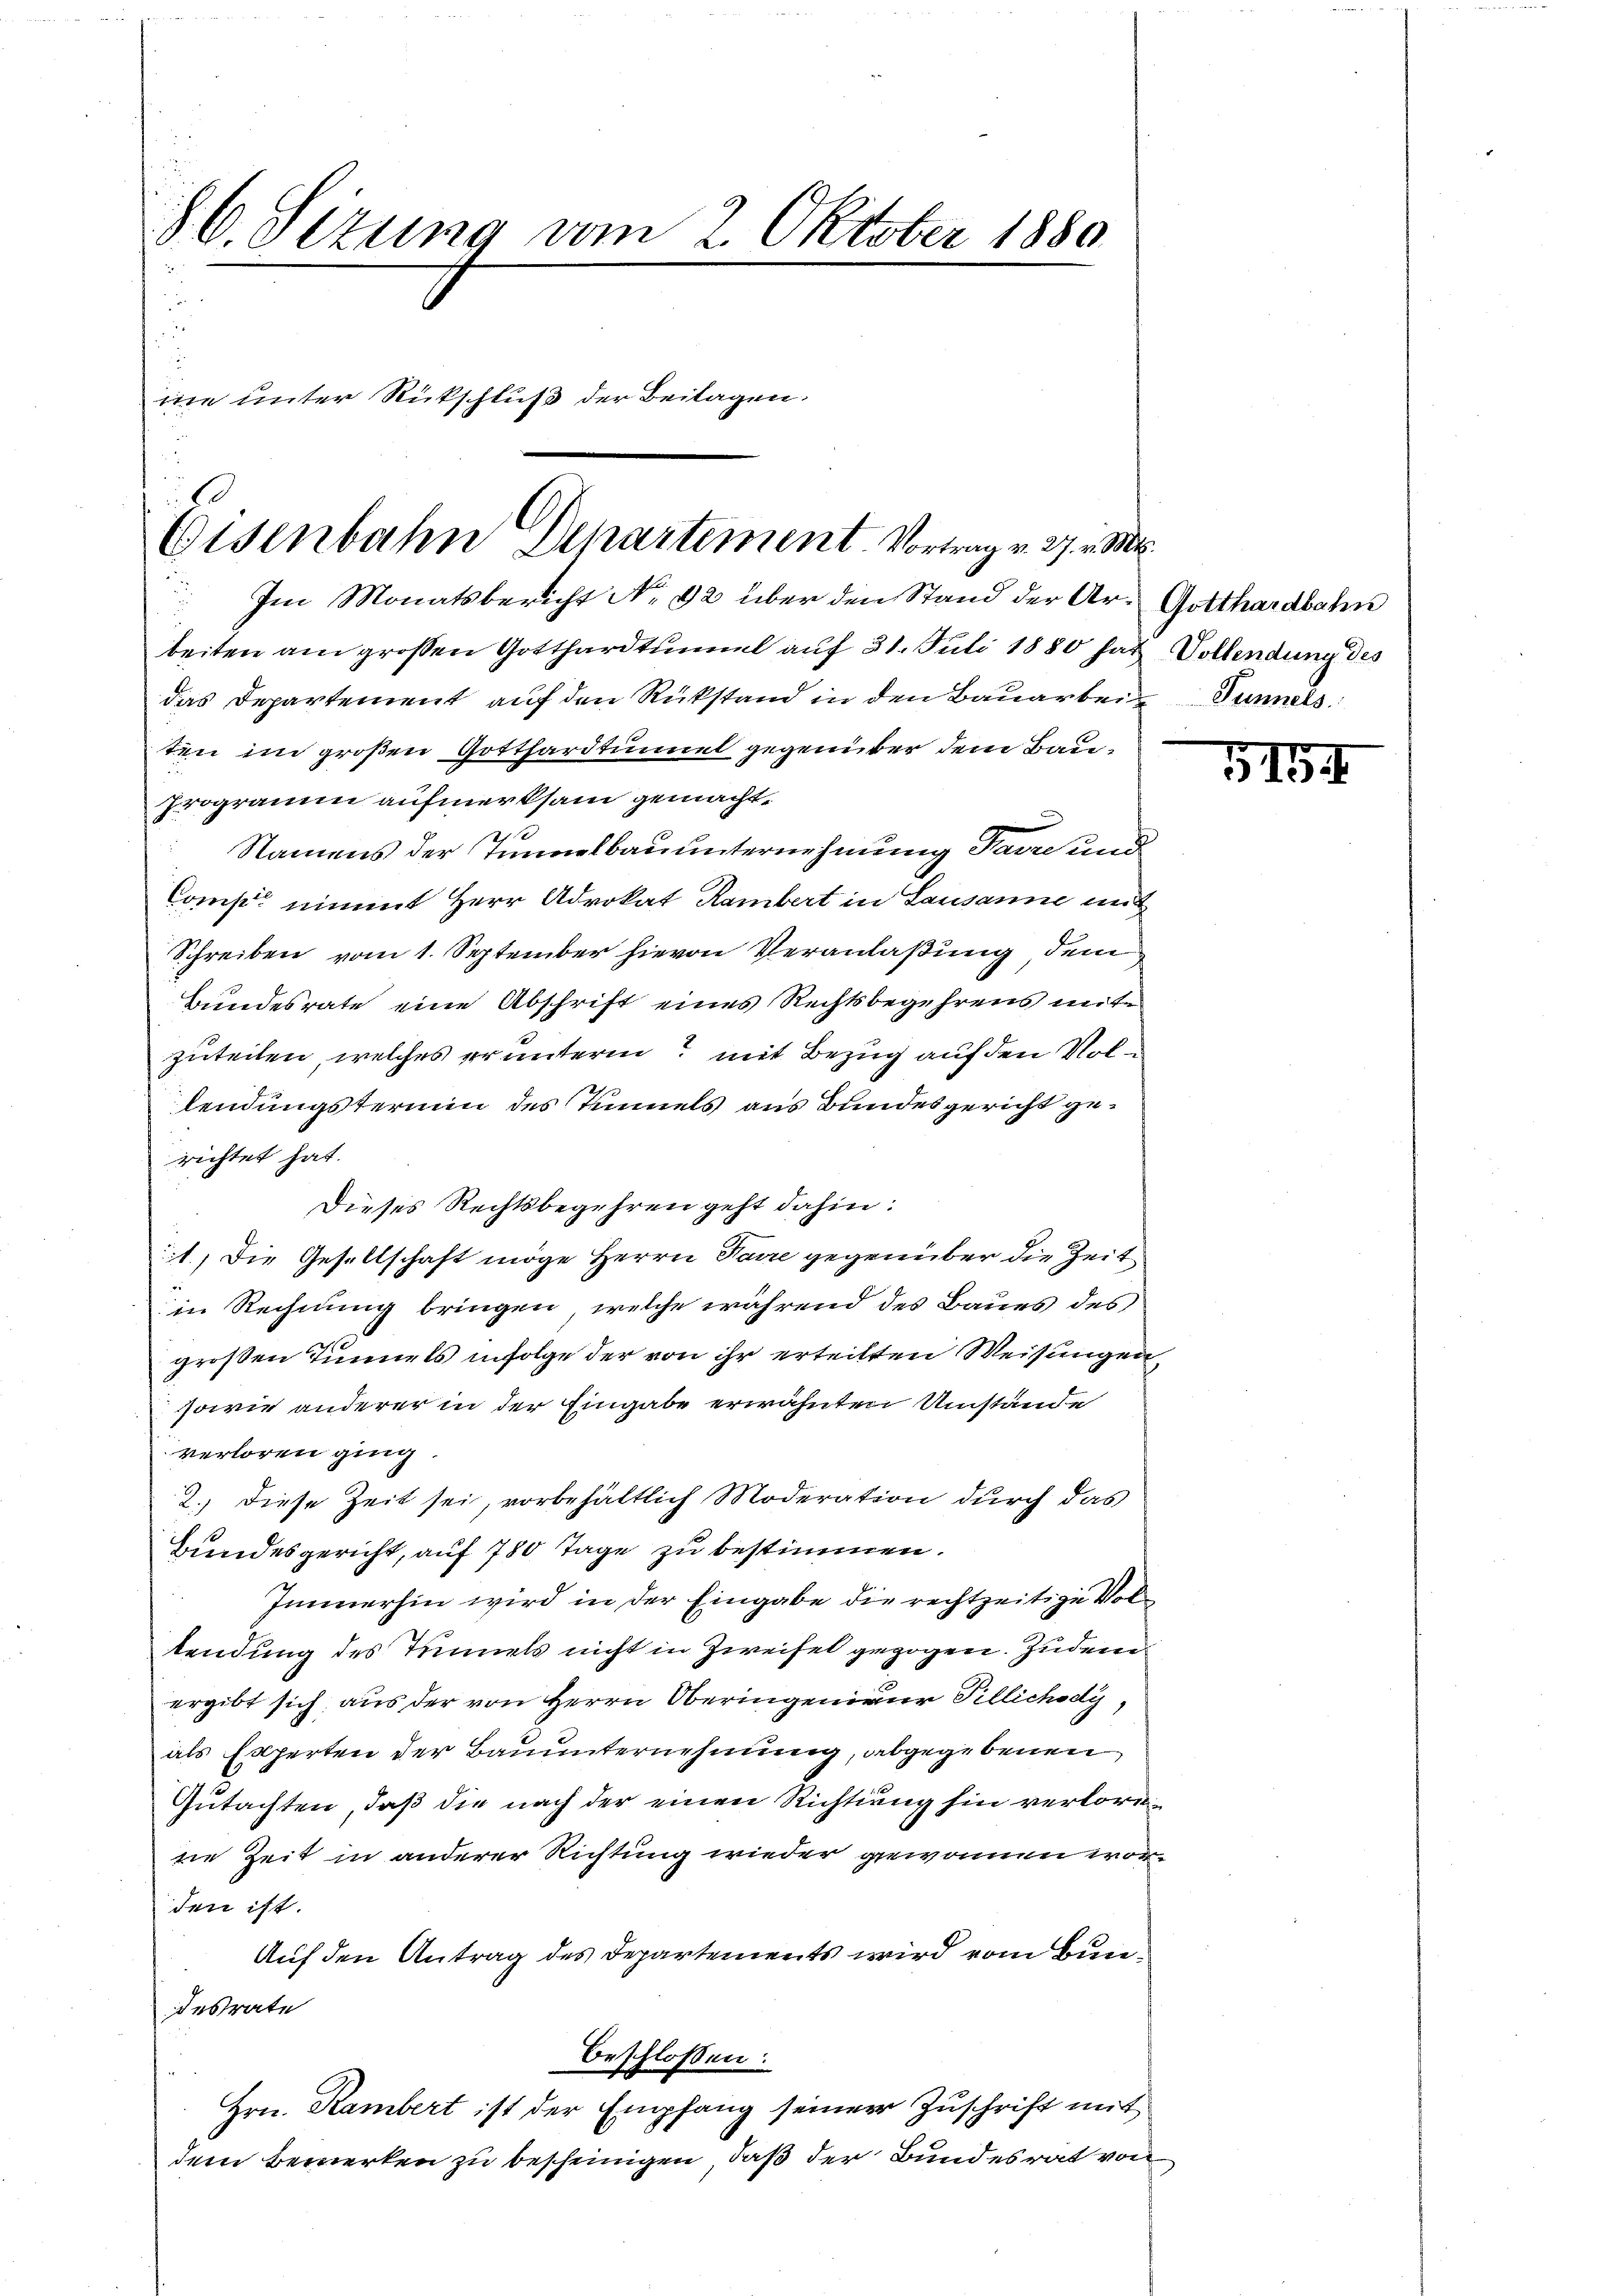
86. Sizung vom 2. Oktober 1880
.
5
ine unter Rückschluß der Beilagen.

Eisenbahn Departement Vortrag v. 27. v. M.
 Im Monatsbericht No 92 über den Stand der Ar- Gotthardbahn

beiten am grossen Gotthardtunal auf 31. Juli 1880 hat Vollendung des
das Departement auf den Rükstand in den Bauarbei Tunnels
ten im großen Gotthardtunnel gegenüber dem Bauprogramm aufmerksam gemacht.

Namens der Tunnelbauunternehmung Parze und
Comp. nimmt Herr Advokat Rambert in Lausanne mit
Schreiben vom 1. September hievon Veranlaßung dem
Bundesrate eine Abschrift eines Rechtsbegehrens mite
zuteilen, welches er unterm mit Bezug auf den Vollendungstermin des Tunnels aus Bundesgericht gerichtet hat.
Dieses Rechtsbegehren geht dahin:
1) Die Gesellschaft möge Herrn Parre gegenüber die Zeit
in Rechnung bringen, welche während des Baues des
11 x
großen Sinnels infolge der von ihr erteilten Weisungen
sowie anderer in der Eingabe erwähnten Umstände
verloren ging.
2.) Diese Zeit sei, vorbehältlich Moderation durch das
Bundesgericht, auf 780 Tage zu bestimmen.
Immerhin wird in der Eingabe die rechtzeitige Vollendung des Tunnels nicht in Zweifel gezogen. Zudem
ergibt sich, aus der von Herrn Oberingenieur Tillichody,
als Experten der Bauunternehmung, abgegebenen
Gutachten, daß die nach der einen Richtung hin verlorenie Zeit in anderer Richtung wieder gewonnen worden ist.
Auf den Antrag des Departements wird vom Bundesrate
beschlossen:
Hrn. Rambert ist der Empfang seiner Zuschrift mit
dem Bemerken zu bescheinigen, daß der Bundesrat von

G194